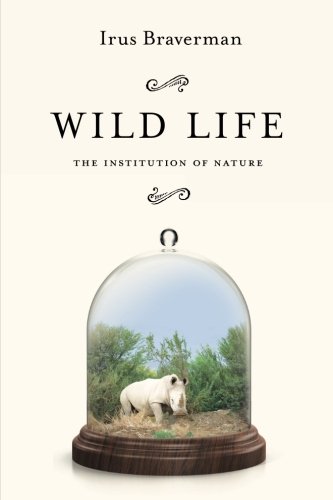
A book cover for Wild Life: The Institution of Nature; Irus Braverman; Science & Math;